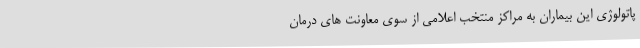
پاتولوژی این بیماران به مراکز منتخب اعلامی از سوی معاونت های درمان